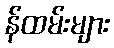
န်ထမ်းများ